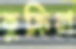
কুক্রিয়া